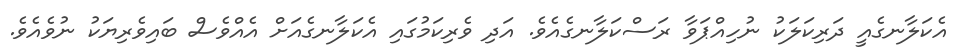
އެކަލާނގެއީ ދަރިކަލަކު ނުހިއްޕަވާ ރަސްކަލާނގެއެވެ. އަދި ވެރިކަމުގައި އެކަލާނގެއަށް އެއްވެސް ބައިވެރިޔަކު ނުވެއެވެ.